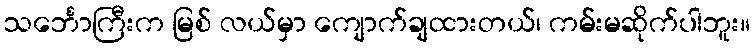
သင်္ဘောကြီးက မြစ် လယ်မှာ ကျောက်ချထားတယ်၊ ကမ်းမဆိုက်ပါဘူး။